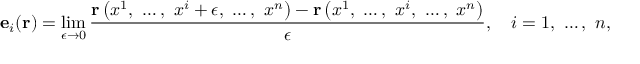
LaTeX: \mathbf { e } _ { i } ( \mathbf { r } ) = \operatorname* { l i m } _ { \epsilon \rightarrow 0 } { \frac { \mathbf { r } \left( x ^ { 1 } , \ \dots , \ x ^ { i } + \epsilon , \ \dots , \ x ^ { n } \right) - \mathbf { r } \left( x ^ { 1 } , \ \dots , \ x ^ { i } , \ \dots , \ x ^ { n } \right) } { \epsilon } } , \quad i = 1 , \ \dots , \ n ,